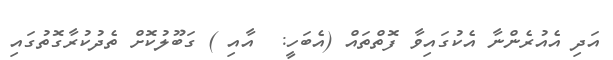
އަދި އެއުރެންނާ އެކުގައިވާ ފޮތްތައް (އެބަހީ:  އާއި ) ގަބޫލުކޮށް ތެދުކުރާގޮތުގައި